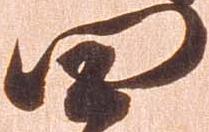
四